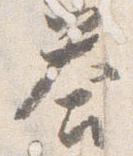
答